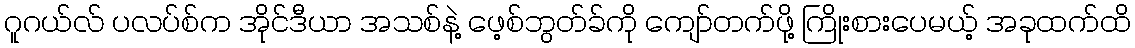
ဂူဂယ်လ် ပလပ်စ်က အိုင်ဒီယာ အသစ်နဲ့ ဖေ့စ်ဘွတ်ခ်ကို ကျော်တက်ဖို့ ကြိုးစားပေမယ့် အခုထက်ထိ